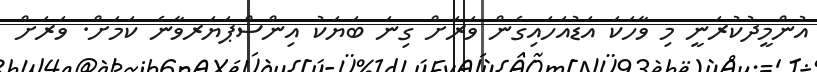
އުންމީދުކުރަނީ މި ވާހަކަ އަޑުއަހައިގެން ވަރަށް ގިނަ ބަޔަކު އިންސްޕަޔަރވާނެ ކަމަށް. ވަރަށް